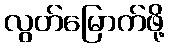
လွတ်မြောက်ဖို့